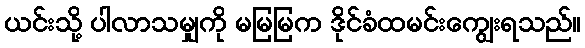
ယင်းသို့ ပါလာသမျှကို မမြမြက ဒိုင်ခံထမင်းကျွေးရသည်။